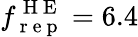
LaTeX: f_{\mathrm{~r~e~p~}}^{\mathrm{~H~E~}}=6.4